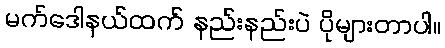
မက်ဒေါနယ်ထက် နည်းနည်းပဲ ပိုများတာပါ။